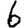
Digit: 6